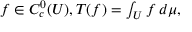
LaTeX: f \in C _ { c } ^ { 0 } ( U ) , T ( f ) = \textstyle \int _ { U } f \, d \mu ,